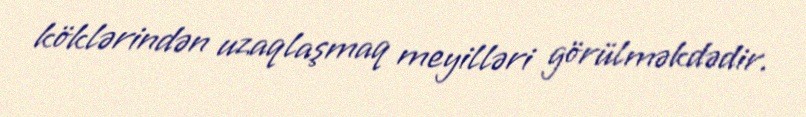
köklərindən uzaqlaşmaq meyilləri görülməkdədir.